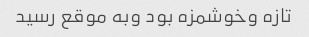
تازه وخوشمزه بود وبه موقع رسید